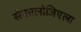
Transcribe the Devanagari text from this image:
सेफालोजिएला